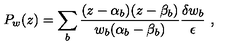
P _ { w } ( z ) = \sum _ { b } \frac { ( z - \alpha _ { b } ) ( z - \beta _ { b } ) } { w _ { b } ( \alpha _ { b } - \beta _ { b } ) } \frac { \delta w _ { b } } { \epsilon } \ ,